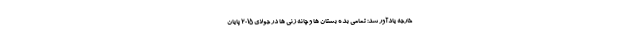
خارجه یادآور شد: تمامی بده بستان ها و چانه زنی ها در جولای ۲۰۱۵ پایان